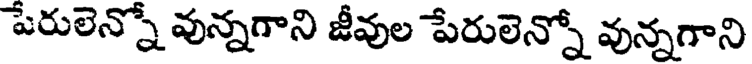
పేరులెన్నో వున్నగాని జీవుల పేరులెన్నో వున్నగాని